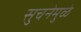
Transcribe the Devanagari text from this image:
सुचनेमुळे